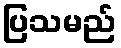
ပြသမည်